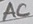
Text: AC